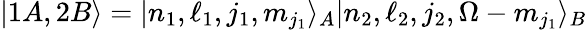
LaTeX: |1A,2B\rangle=|n_{1},\ell_{1},j_{1},m_{j_{1}}\rangle_{A}|n_{2},\ell_{2},j_{2},\Omega-m_{j_{1}}\rangle_{B}